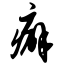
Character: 癖